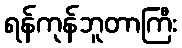
ရန်ကုန်ဘူတာကြီး